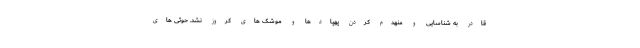
قادر به شناسایی و منهدم کردن پهپادها و موشک های کروز نشد. حوثی های